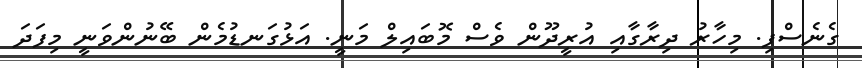
ގެނެސްފި. މިހާރު ދިރާގާއި އުރީދޫން ވެސް މޮބައިލް މަނީ. އަޅުގަނޑުމެން ބޭނުންވަނީ މިފަދަ